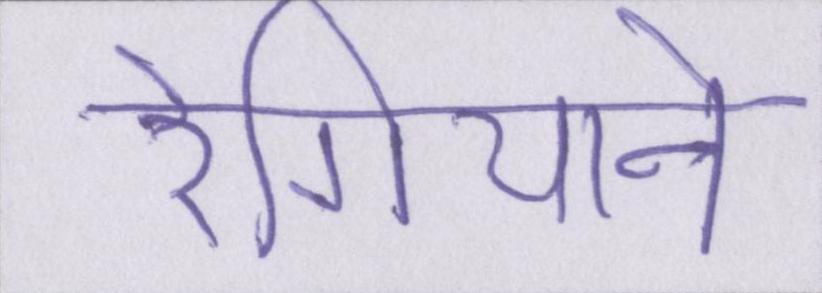
रेगियाने